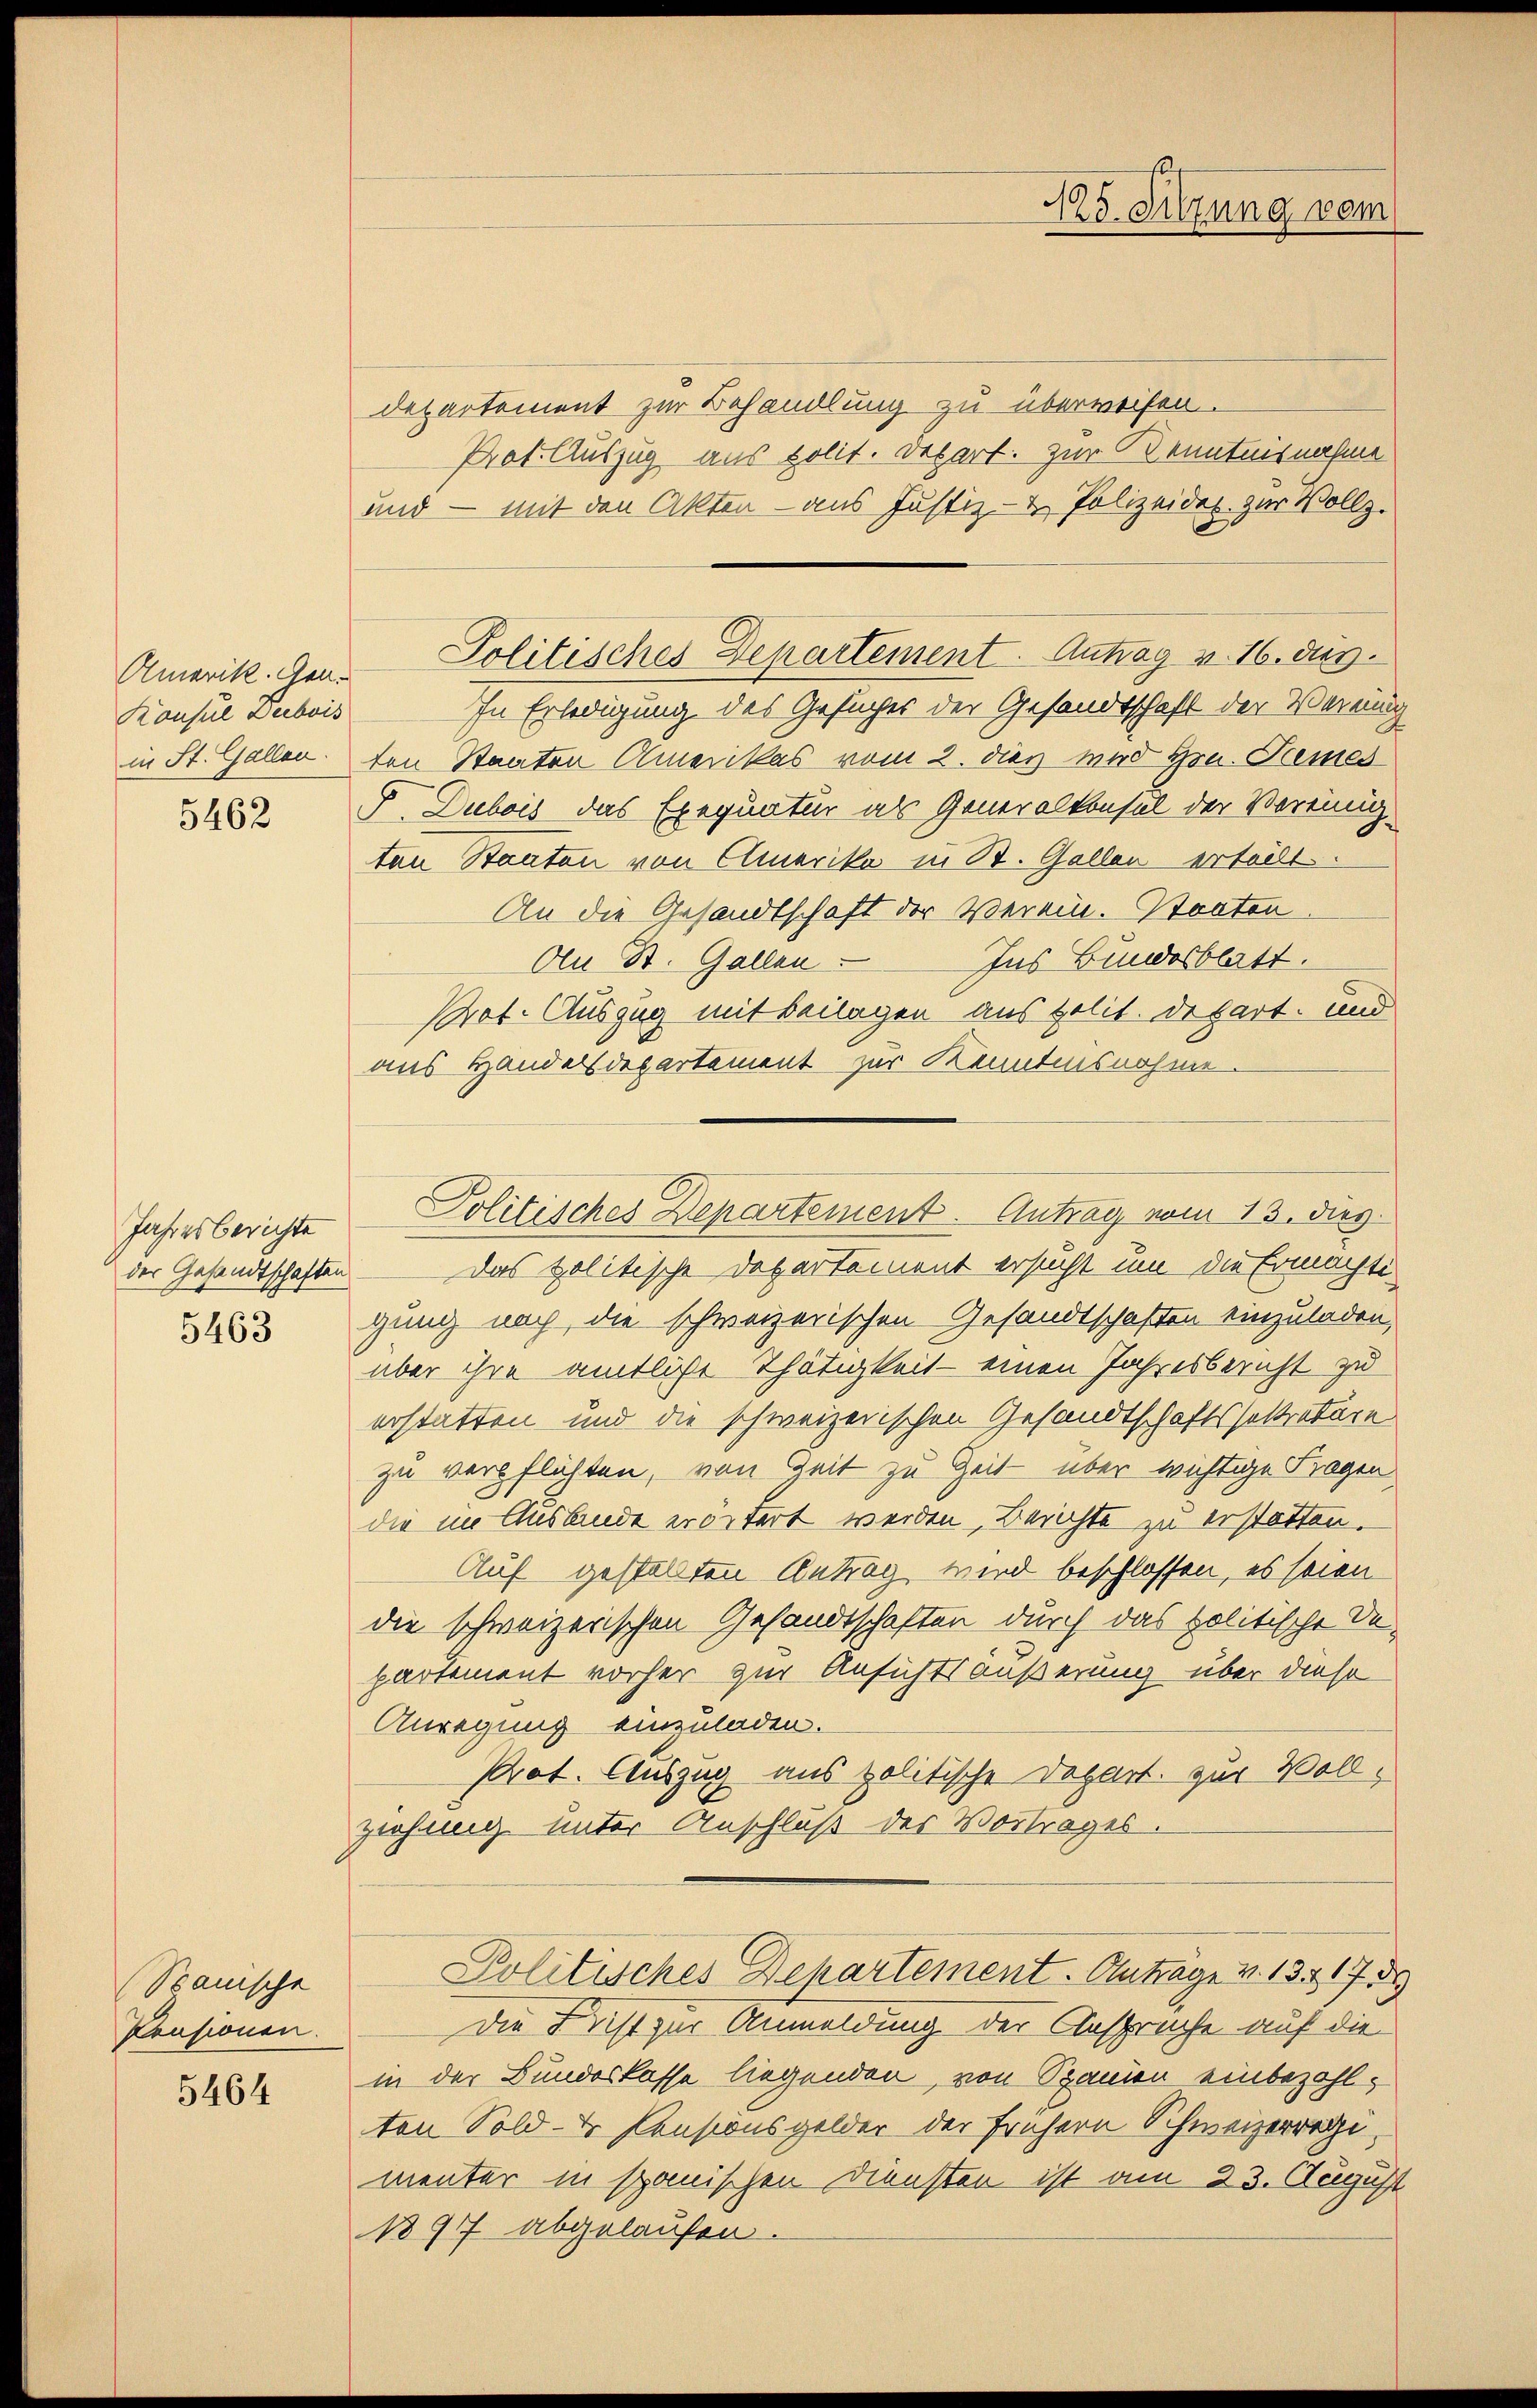
Konsul Deibois
in St. Gallen.

5462

Jahresberichte
der Gesandtschaften

5463

(Spanische
Pensionen.

5464

departement zur Behandlung zu überweisen.
Prot. Auszug aus polit. Depart. zur Kenntnisnahme
und — mit den Akten - aus Justiz- & Polizeides zur Vollz.
In Erledigung des Gesuches der Gesandtschaft der Vernung
ten Staaten Amerikas vom 2. dies wird Hrn. Semes
F. Dubois das Exequatur als Generalkonsul der Vereinig-
ten Staaten von Amerika in St. Gallen erteilt.
An die Gesandtschaft der Verein. Staaten
An St. Gallen Ins Bundesblatt.
Prot. Auszug mit Beilagen aus polit. Depart. und
aus Handelsdepartement zur Kenntnisnahme.
Das politische Departement ersucht um die Ermachte
gung nach, die schweizerischen Gesandtschaften einzuladen,
über ihre amtliche Thätigkeit - einen Jahresbericht zu
erstatten und die schweizerischen Gesandtschaftssekretäre
zu verpflichten, von Zeit zu Zeit über wichtige Fragen
die im Auslande erörtert werden, Berichte zu erstatten.
Auf gestellten Antrag wird beschlossen, es seien
die schweizerischen Gesandtschaften durch das politische Departement vorher zur Ansichtsäußerung über diese
Anregung einzuladen.
Prot. Auszug aus politische Depart. zur Vollziehung unter Anschluß der Vortrages.
Politisches Departement. Anträge v. 13. 1739
Die Licht zur Anmeldung der Ansprache auf die
in der Bundeskasse liegenden, von Spanien einbezahlten Sold- & Pensionsgelder der frühern Schweizerregimenter in spanischen Diensten ist am 23. August
1897 abgelaufen.

Amerik. Gen. Politisches Departement. Antrag v. 16. dies

Politisches Departement. Antrag vom 13. dies

2
123. Sitzung vom